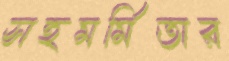
সহমর্মিতার